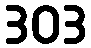
303